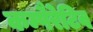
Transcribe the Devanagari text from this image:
कम्पैरेटिव